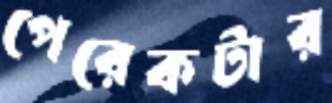
পেরেকটার